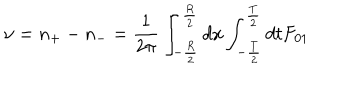
\nu = n _ { + } - n _ { - } = { \frac { 1 } { 2 \pi } } \int _ { - { \frac { R } { 2 } } } ^ { { \frac { R } { 2 } } } d x \int _ { - { \frac { T } { 2 } } } ^ { { \frac { T } { 2 } } } d t F _ { 0 1 }